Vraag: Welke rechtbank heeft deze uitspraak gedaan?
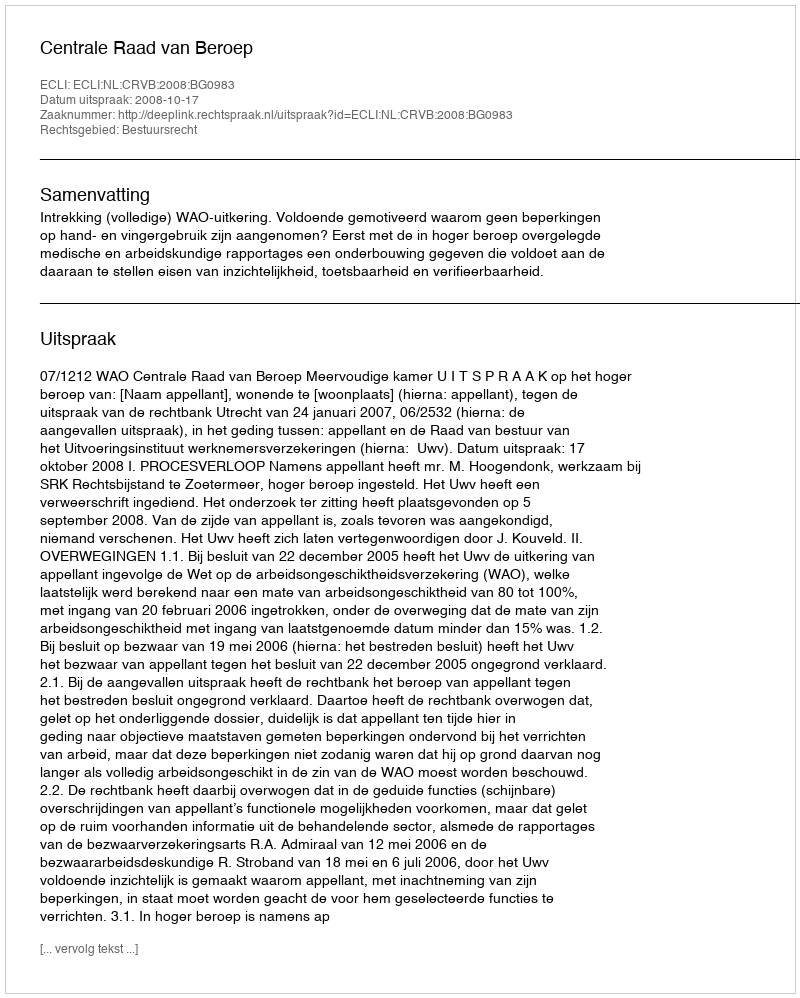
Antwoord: Centrale Raad van Beroep